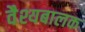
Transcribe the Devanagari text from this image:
वैश्यबालक